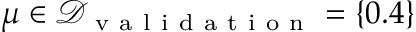
\mu \in \mathcal { D } _ { \mathrm { ~ v ~ a ~ l ~ i ~ d ~ a ~ t ~ i ~ o ~ n ~ } } = \{ 0 . 4 \}